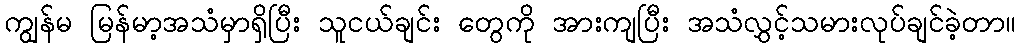
ကျွန်မ မြန်မာ့အသံမှာရှိပြီး သူငယ်ချင်း တွေကို အားကျပြီး အသံလွှင့်သမားလုပ်ချင်ခဲ့တာ။